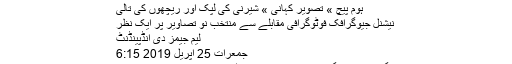
شیرنی کی لپک اور ریچھوں کی تالی | انڈپینڈنٹ اردو
ہوم پیچ » تصویر کہانی » شیرنی کی لپک اور ریچھوں کی تالی
نیشنل جیوگرافک فوٹوگرافی مقابلے سے منتخب نو تصاویر پر ایک نظر
لیم جیمز دی انڈپینڈنٹ
جمعرات 25 اپریل 2019 6:15
مگرمچھوں کا گشت شروع ہونے سے پہلے دریا پار کرتی ہوئی شیرنی۔